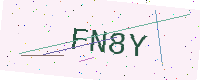
Text: FN8Y